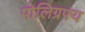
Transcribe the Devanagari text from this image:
पोलिग्रफ्य